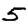
Digit: 5